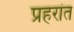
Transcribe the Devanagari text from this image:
प्रहरांत